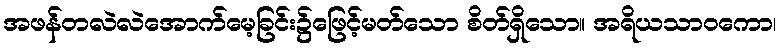
အဖန်တလဲလဲအောက်မေ့ခြင်း၌ဖြေင့်မတ်သော စိတ်ရှိသော။ အရိယသာဝကော၊